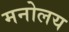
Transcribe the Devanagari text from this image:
मनोलय